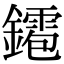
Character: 䥤